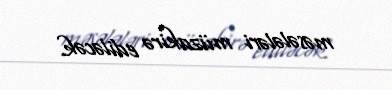
məsələləri müzakirə ediləcək.